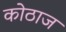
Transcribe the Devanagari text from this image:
कोठाज